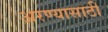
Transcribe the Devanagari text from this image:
अरण्यासाठी